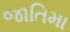
જાતિમા